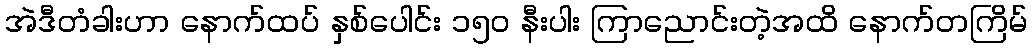
အဲဒီတံခါးဟာ နောက်ထပ် နှစ်ပေါင်း ၁၅၀ နီးပါး ကြာညောင်းတဲ့အထိ နောက်တကြိမ်